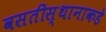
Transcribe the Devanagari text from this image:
वसतीस्थानाकडे